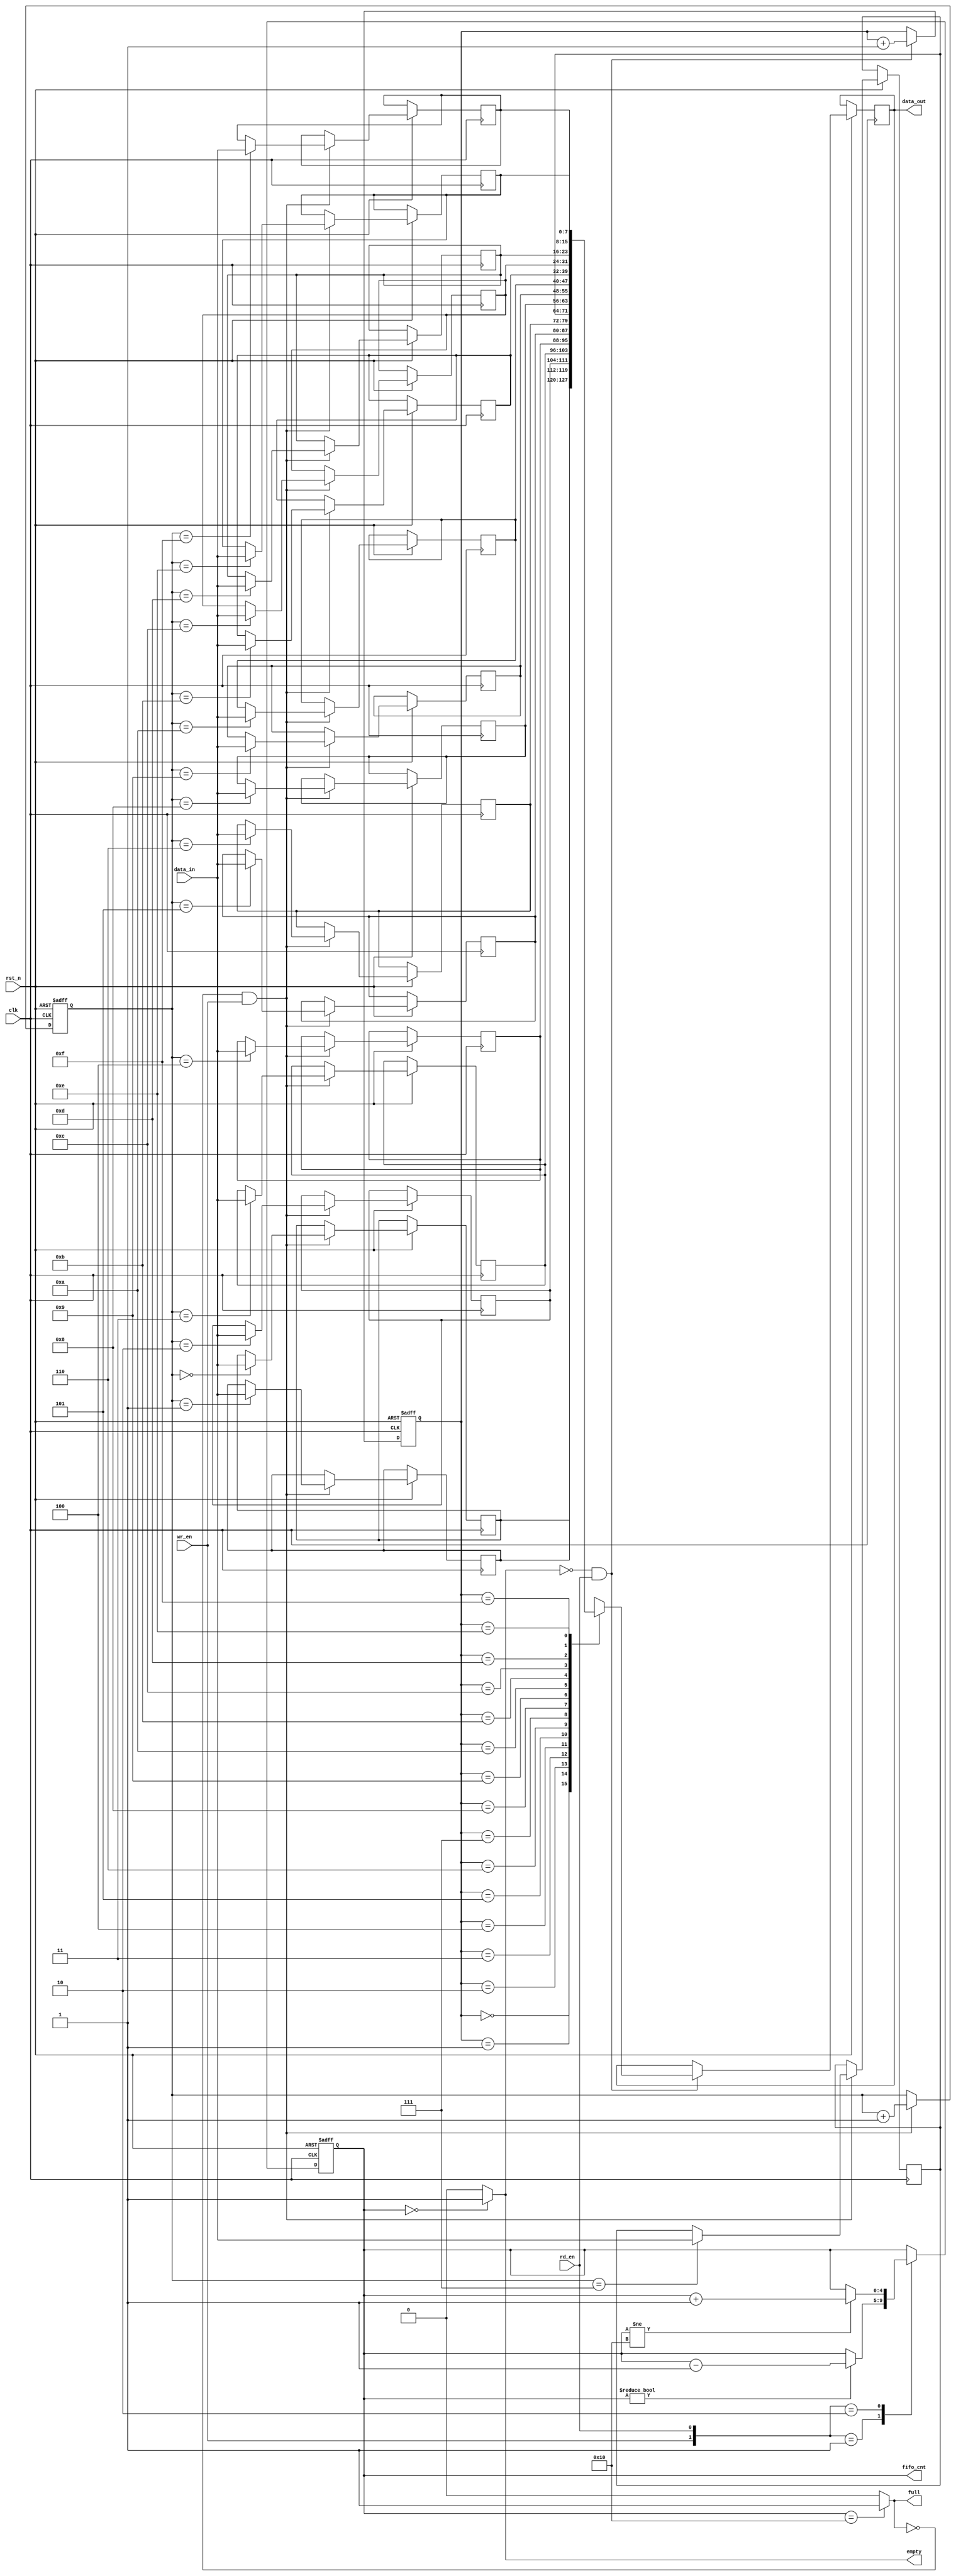
// This program was cloned from: https://github.com/huangxc6/verilog_practice
// License: MIT License

// using conter
// ref : https://github.com/YukunXue/IC_lib
module sync_fifo_cnt #(
	parameter DATA_WIDTH = 'd8 ,
	parameter DATA_DEPTH = 'd16
	)
	(
	input								clk,    // Clock
	input								rst_n,  // Asynchronous reset active low
	input	[DATA_WIDTH-1:0]			data_in ,
	input								rd_en,
	input								wr_en,

	output reg	[DATA_WIDTH-1:0]		data_out,
	output								empty,
	output								full ,
	output reg	[$clog2(DATA_DEPTH):0]	fifo_cnt
);
	// reg define
	reg [DATA_WIDTH - 1 : 0] fifo_buffer[DATA_DEPTH - 1 : 0];
	reg [$clog2(DATA_DEPTH) - 1 : 0] wr_addr ;
	reg [$clog2(DATA_DEPTH) - 1 : 0] rd_addr ;

	// read operation
	always @(posedge clk or negedge rst_n) begin
		if (rst_n == 1'b0) begin
			rd_addr <= 0 ;
		end
		else if (~empty && rd_en) begin
			rd_addr <=  rd_addr + 1'b1;
			data_out <= fifo_buffer[rd_addr];
		end
	end

	// write operation
	always @(posedge clk or negedge rst_n) begin
		if (rst_n == 1'b0) begin
			wr_addr <= 0 ;
		end
		else if (~full && wr_en) begin
			wr_addr <= wr_addr + 1'b1 ;
			fifo_buffer[wr_addr] <= data_in;
		end
	end

	// update counter
	always @(posedge clk or negedge rst_n) begin
		if (rst_n == 1'b0) begin
			fifo_cnt <= 0 ;
		end
		else begin
			case ({wr_en, rd_en})
				2'b00: fifo_cnt <= fifo_cnt ;
				2'b01: 
					if (fifo_cnt != 0) begin
						fifo_cnt <= fifo_cnt - 1'b1 ;
					end
				2'b10:
					if (fifo_cnt != DATA_DEPTH) begin
						fifo_cnt <= fifo_cnt + 1'b1 ;
					end
				2'b11: fifo_cnt <= fifo_cnt ;
				default : ;
			endcase
		end
	end

	assign full  = (fifo_cnt == DATA_DEPTH) ? 1'b1 : 1'b0 ;
	assign empty = (fifo_cnt == 0) ? 1'b1 : 1'b0 ;

endmodule